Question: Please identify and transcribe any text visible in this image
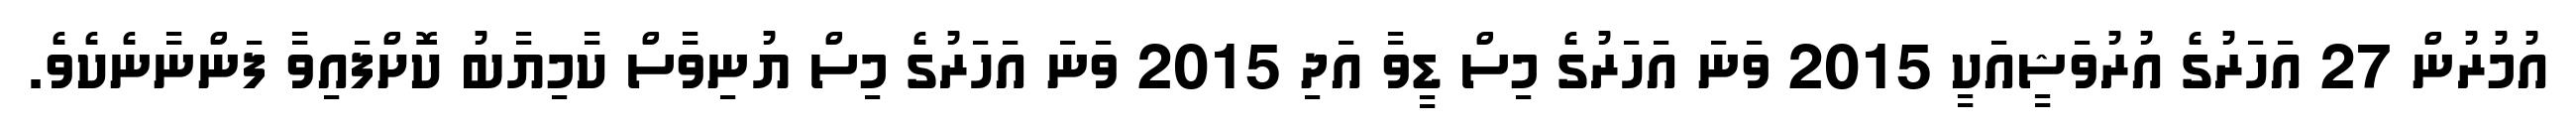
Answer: އުމުރުން 27 އަހަރުގެ އުރުވަޝީއަކީ 2015 ވަނަ އަހަރުގެ މިސް ޑީވާ އަދި 2015 ވަނަ އަހަރުގެ މިސް ޔުނިވާސް ކާމިޔާބު ކޮށްފައިވާ ފަންނާނެކެވެ.